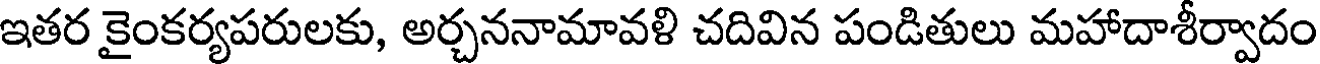
ఇతర కైంకర్యపరులకు, అర్చననామావళి చదివిన పండితులు మహాదాశీర్వాదం